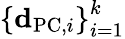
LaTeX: \left\{ {\mathbf d}_{\mathrm{PC},i}\right\} _{i=1}^{k}